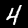
Digit: 4